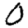
Digit: 0